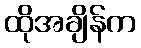
ထိုအချိန်က